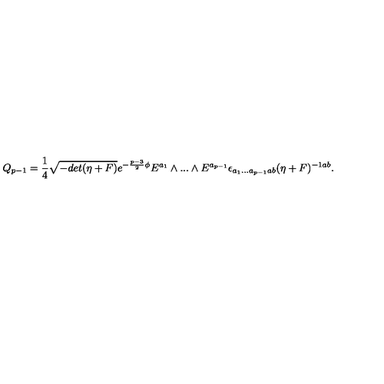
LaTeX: Q _ { p - 1 } = { \frac { 1 } { 4 } } \sqrt { - d e t ( \eta + F ) } e ^ { - { \frac { p - 3 } { 2 } } \phi } E ^ { a _ { 1 } } \wedge . . . \wedge E ^ { a _ { p - 1 } } \epsilon _ { a _ { 1 } . . . a _ { p - 1 } a b } ( \eta + F ) ^ { - 1 a b } .